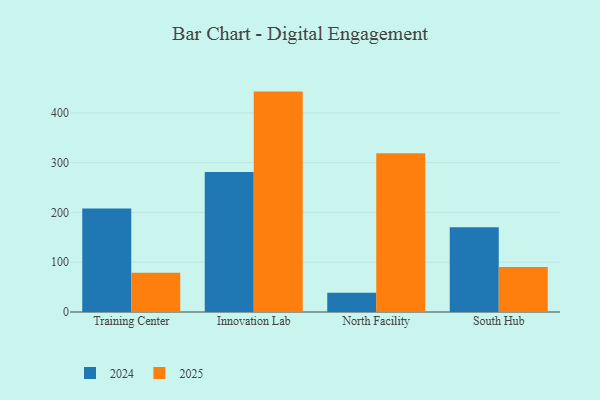
{"axis": {"x": "Campus", "y": "Net Income (USD K)"}, "legend": ["2024", "2025"], "data": [{"x": "Training Center", "y": 207.8, "type": "2024"}, {"x": "Training Center", "y": 78.6, "type": "2025"}, {"x": "Innovation Lab", "y": 281.2, "type": "2024"}, {"x": "Innovation Lab", "y": 442.7, "type": "2025"}, {"x": "North Facility", "y": 38.8, "type": "2024"}, {"x": "North Facility", "y": 319.0, "type": "2025"}, {"x": "South Hub", "y": 170.4, "type": "2024"}, {"x": "South Hub", "y": 90.3, "type": "2025"}]}